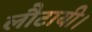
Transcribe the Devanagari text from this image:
लौटायी।